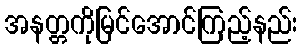
အနတ္တကိုမြင်အောင်ကြည့်နည်း